Lunatic asylums Madras 1877-1891 - 1877-1891
Year: 1877
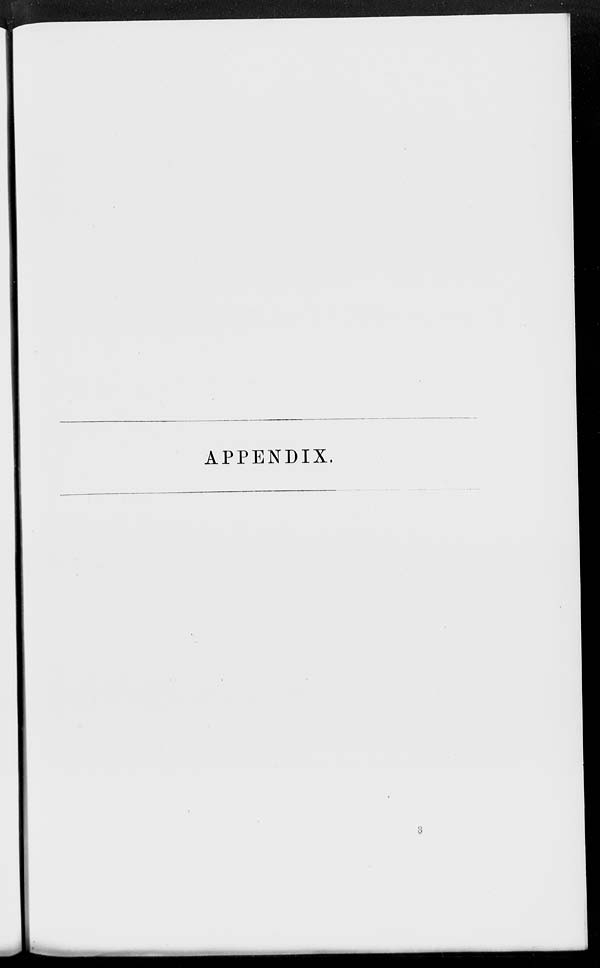
APPENDIX.
3